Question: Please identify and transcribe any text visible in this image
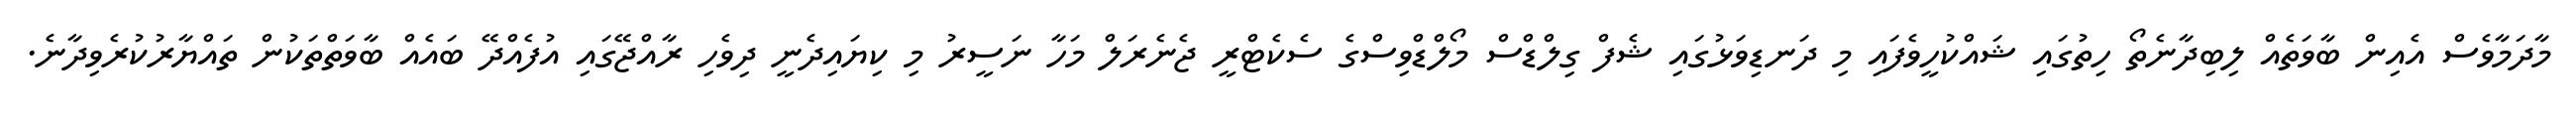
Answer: މާދަމާވެސް އެއިން ބާވަތެއް ލިބިދާނެތޯ ހިތުގައި ޝައްކުހީވެފައި މި ދަނޑިވަޅުގައި ޝެފް ގިލްޑްސް މޯލްޑްވިސްގެ ސެކެޓްރީ ޖެނެރަލް މަހާ ނަސީރު މި ކިޔައިދެނީ ދިވެހި ރާއްޖޭގައި އުފެއްދޭ ބައެއް ބާވަތްތަކުން ތައްޔާރުކުރެވިދާނެ.